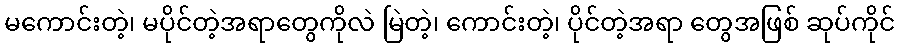
မကောင်းတဲ့၊ မပိုင်တဲ့အရာတွေကိုလဲ မြဲတဲ့၊ ကောင်းတဲ့၊ ပိုင်တဲ့အရာ တွေအဖြစ် ဆုပ်ကိုင်